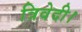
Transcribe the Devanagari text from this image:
त्रिवेदी।